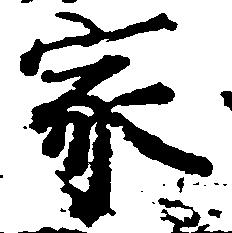
家